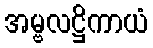
အမ္ဗလဋ္ဌိကာယံ